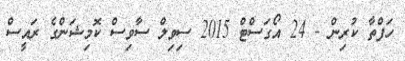
ހަފްތާ ކުރިން - 24 އޯގަސްޓް 2015 ސިވިލް ސާވިސް ކޮމިޝަންގެ ރައީސް